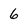
Character: 6